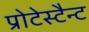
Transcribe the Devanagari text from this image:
प्रोटेस्टैन्ट